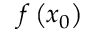
f \left( x _ { 0 } \right)